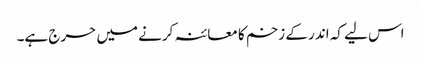
اس لیے کہ اندر کے زخم کا معائنہ کرنے میں حرج ہے۔